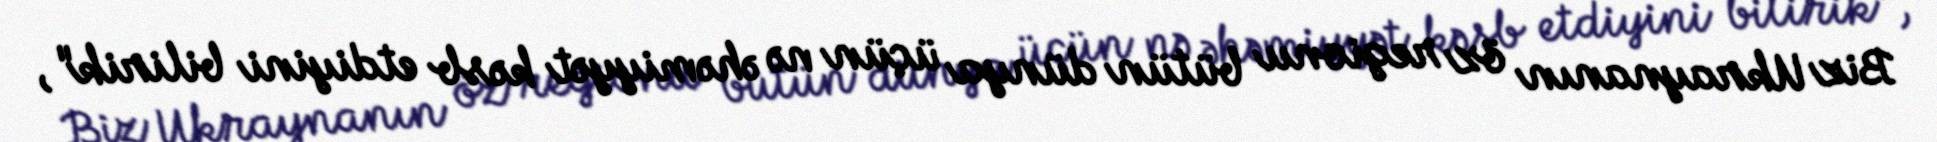
Biz Ukraynanın öz regionu bütün dünya üçün nə əhəmiyyət kəsb etdiyini bilirik",